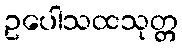
ဥပေါသထသုတ္တ